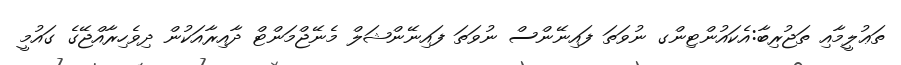
ތަޢުލީމާއި ތަޖުރިބާ:އެކައުންޓިންގ ނުވަތަ ފައިނޭންސް ނުވަތަ ފައިނޭންޝަލް މެނޭޖްމަންޓް ދާއިރާއަކުން ދިވެހިރާއްޖޭގެ ގައުމީ